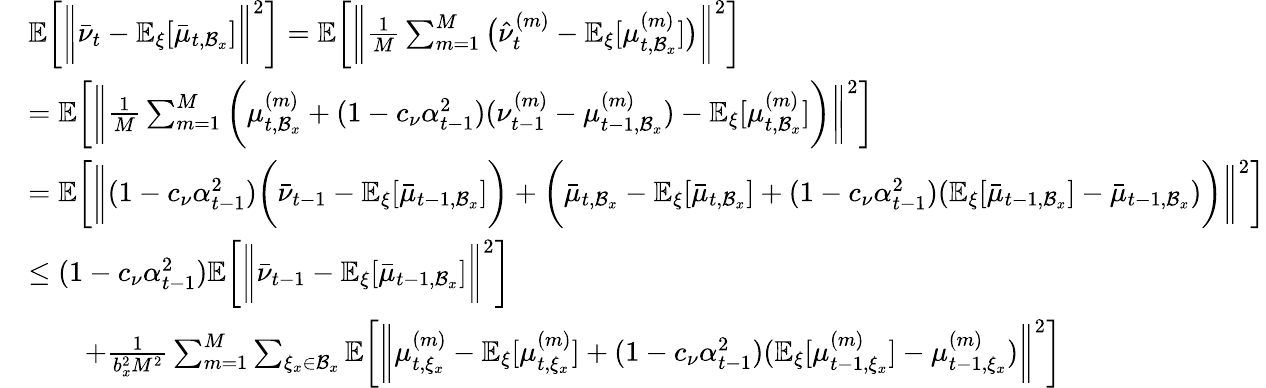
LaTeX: \begin{array}{rl}&{\mathbb{E}\bigg[\bigg\| \bar{\nu}_{t}-\mathbb{E}_{\xi}[\bar{\mu}_{t,\mathcal{B}_{x}}]\bigg\| ^{2}\bigg]=\mathbb{E}\bigg[\bigg\| \frac{1}{M}\sum_{m=1}^{M}\big(\hat{\nu}_{t}^{(m)}-\mathbb{E}_{\xi}[\mu_{t,\mathcal{B}_{x}}^{(m)}]\big)\bigg\| ^{2}\bigg]}\\ &{=\mathbb{E}\bigg[\bigg\| \frac{1}{M}\sum_{m=1}^{M}\bigg(\mu_{t,\mathcal{B}_{x}}^{(m)}+(1-c_{\nu}\alpha_{t-1}^{2})(\nu_{t-1}^{(m)}-\mu_{t-1,\mathcal{B}_{x}}^{(m)})-\mathbb{E}_{\xi}[\mu_{t,\mathcal{B}_{x}}^{(m)}]\bigg)\bigg\| ^{2}\bigg]}\\ &{=\mathbb{E}\bigg[\bigg\| (1-c_{\nu}\alpha_{t-1}^{2})\bigg(\bar{\nu}_{t-1}-\mathbb{E}_{\xi}[\bar{\mu}_{t-1,\mathcal{B}_{x}}]\bigg)+\bigg(\bar{\mu}_{t,\mathcal{B}_{x}}-\mathbb{E}_{\xi}[\bar{\mu}_{t,\mathcal{B}_{x}}]+(1-c_{\nu}\alpha_{t-1}^{2})(\mathbb{E}_{\xi}[\bar{\mu}_{t-1,\mathcal{B}_{x}}]-\bar{\mu}_{t-1,\mathcal{B}_{x}})\bigg)\bigg\| ^{2}\bigg]}\\ &{\leq(1-c_{\nu}\alpha_{t-1}^{2})\mathbb{E}\bigg[\bigg\| \bar{\nu}_{t-1}-\mathbb{E}_{\xi}[\bar{\mu}_{t-1,\mathcal{B}_{x}}]\bigg\| ^{2}\bigg]}\\ &{\qquad+\frac{1}{b_{x}^{2}M^{2}}\sum_{m=1}^{M}\sum_{\xi_{x}\in\mathcal{B}_{x}}\mathbb{E}\bigg[\bigg\| \mu_{t,\xi_{x}}^{(m)}-\mathbb{E}_{\xi}[\mu_{t,\xi_{x}}^{(m)}]+(1-c_{\nu}\alpha_{t-1}^{2})(\mathbb{E}_{\xi}[\mu_{t-1,\xi_{x}}^{(m)}]-\mu_{t-1,\xi_{x}}^{(m)})\bigg\| ^{2}\bigg]}\end{array}